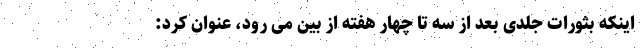
اینکه بثورات جلدی بعد از سه تا چهار هفته از بین می رود، عنوان کرد: